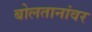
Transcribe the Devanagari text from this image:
बोलतानांवर